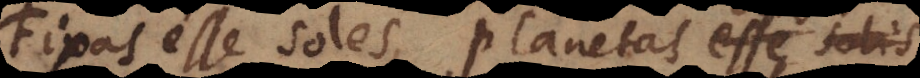
Fixas esse soles, planetas esse solis